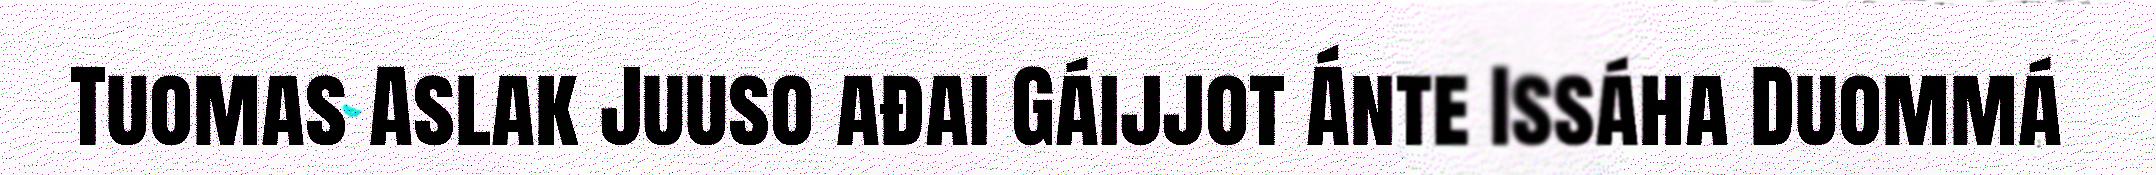
Tuomas Aslak Juuso ađai Gáijjot Ánte Issáha Duommá